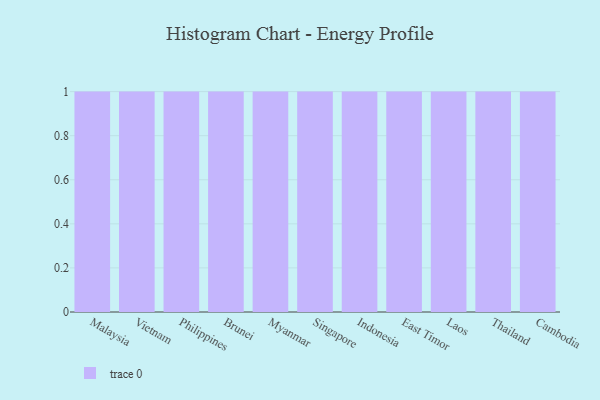
{"axis": {"x": "Country", "y": "Demand Index"}, "legend": [""], "data": [{"x": "Malaysia", "y": 65, "type": ""}, {"x": "Vietnam", "y": 44, "type": ""}, {"x": "Philippines", "y": 41, "type": ""}, {"x": "Brunei", "y": 8, "type": ""}, {"x": "Myanmar", "y": 2, "type": ""}, {"x": "Singapore", "y": 52, "type": ""}, {"x": "Indonesia", "y": 100, "type": ""}, {"x": "East Timor", "y": 58, "type": ""}, {"x": "Laos", "y": 91, "type": ""}, {"x": "Thailand", "y": 16, "type": ""}, {"x": "Cambodia", "y": 38, "type": ""}]}